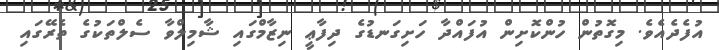
އުފެދެއެވެ. މިގޮތުން ހުންކޮށިން އުފައްދާ ހަށިގަނޑުގެ ދިފާޢީ ނިޒާމްގައި ޝާމިލްވާ ސެލްތަކުގެ ތެރޭގައި